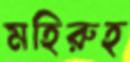
মহিরুহ